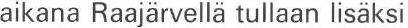
aikana Raajärvellä tullaan lisäksi